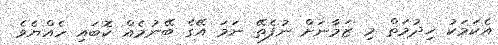
އެކަމަކު ޚިދުމަތް މި ޒަމާނަށް ނުފެތޭ ނަމަ އޭގެ ބޭނުމެއް ކޮބައި ހެއްޔެވެ